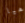
هيا